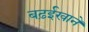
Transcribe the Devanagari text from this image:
बढ़ईखाने